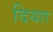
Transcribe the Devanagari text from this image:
दियाा